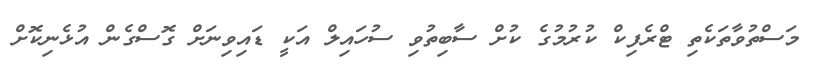
މަސްތުވާތަކެތި ޓްރެފިކް ކުރުމުގެ ކުށް ސާބިތުވި ސުހައިލް އަކީ ޑައިވިނަށް ގޮސްގެން އުޅެނިކޮށް